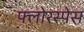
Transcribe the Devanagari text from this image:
फ्लोरस्पेस